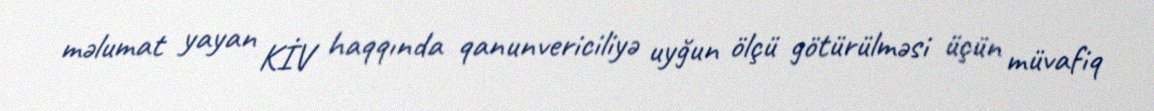
məlumat yayan KİV haqqında qanunvericiliyə uyğun ölçü götürülməsi üçün müvafiq